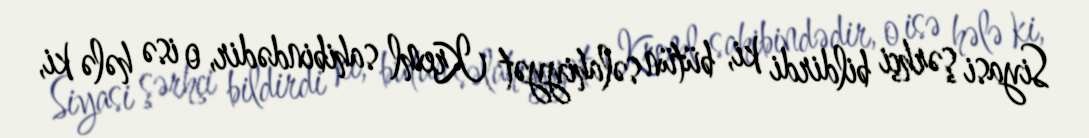
Siyasi şərhçi bildirdi ki, bütün səlahiyyət Kreml sahibindədir, o isə hələ ki,